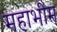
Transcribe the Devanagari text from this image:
महाभीम